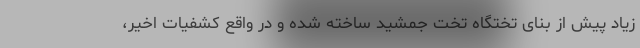
زیاد پیش از بنای تختگاه تخت جمشید ساخته شده و در واقع کشفیات اخیر،